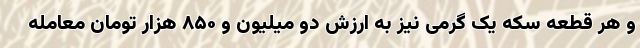
و هر قطعه سکه یک گرمی نیز به ارزش دو میلیون و ۸۵۰ هزار تومان معامله